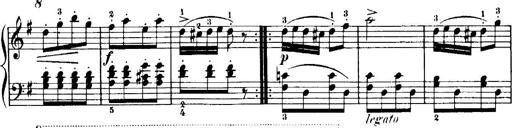
Title: 7 Sonatinas
Composer: Anton Diabelli